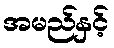
အမည်နှင့်